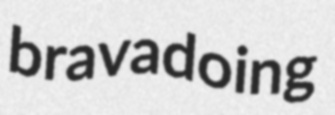
bravadoing